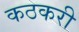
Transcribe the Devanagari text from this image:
कठकरी